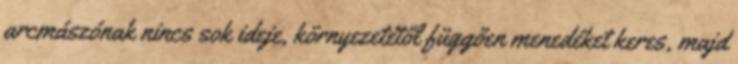
arcmászónak nincs sok ideje, környezetétől függően menedéket keres, majd